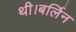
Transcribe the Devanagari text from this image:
थी।बर्लिन